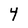
Character: 4